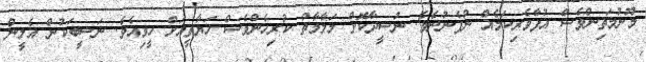
މޫނުމަތިންވެސް އުފާވެރިކަމެއް ނުފެނުނެވެ. ނުސީދާކޮށް މަލާމާތް ކުރިހެންވެސް ހަޔާތީއަށް ހީވިއެވެ. ނަސީބަކުން އެލީން